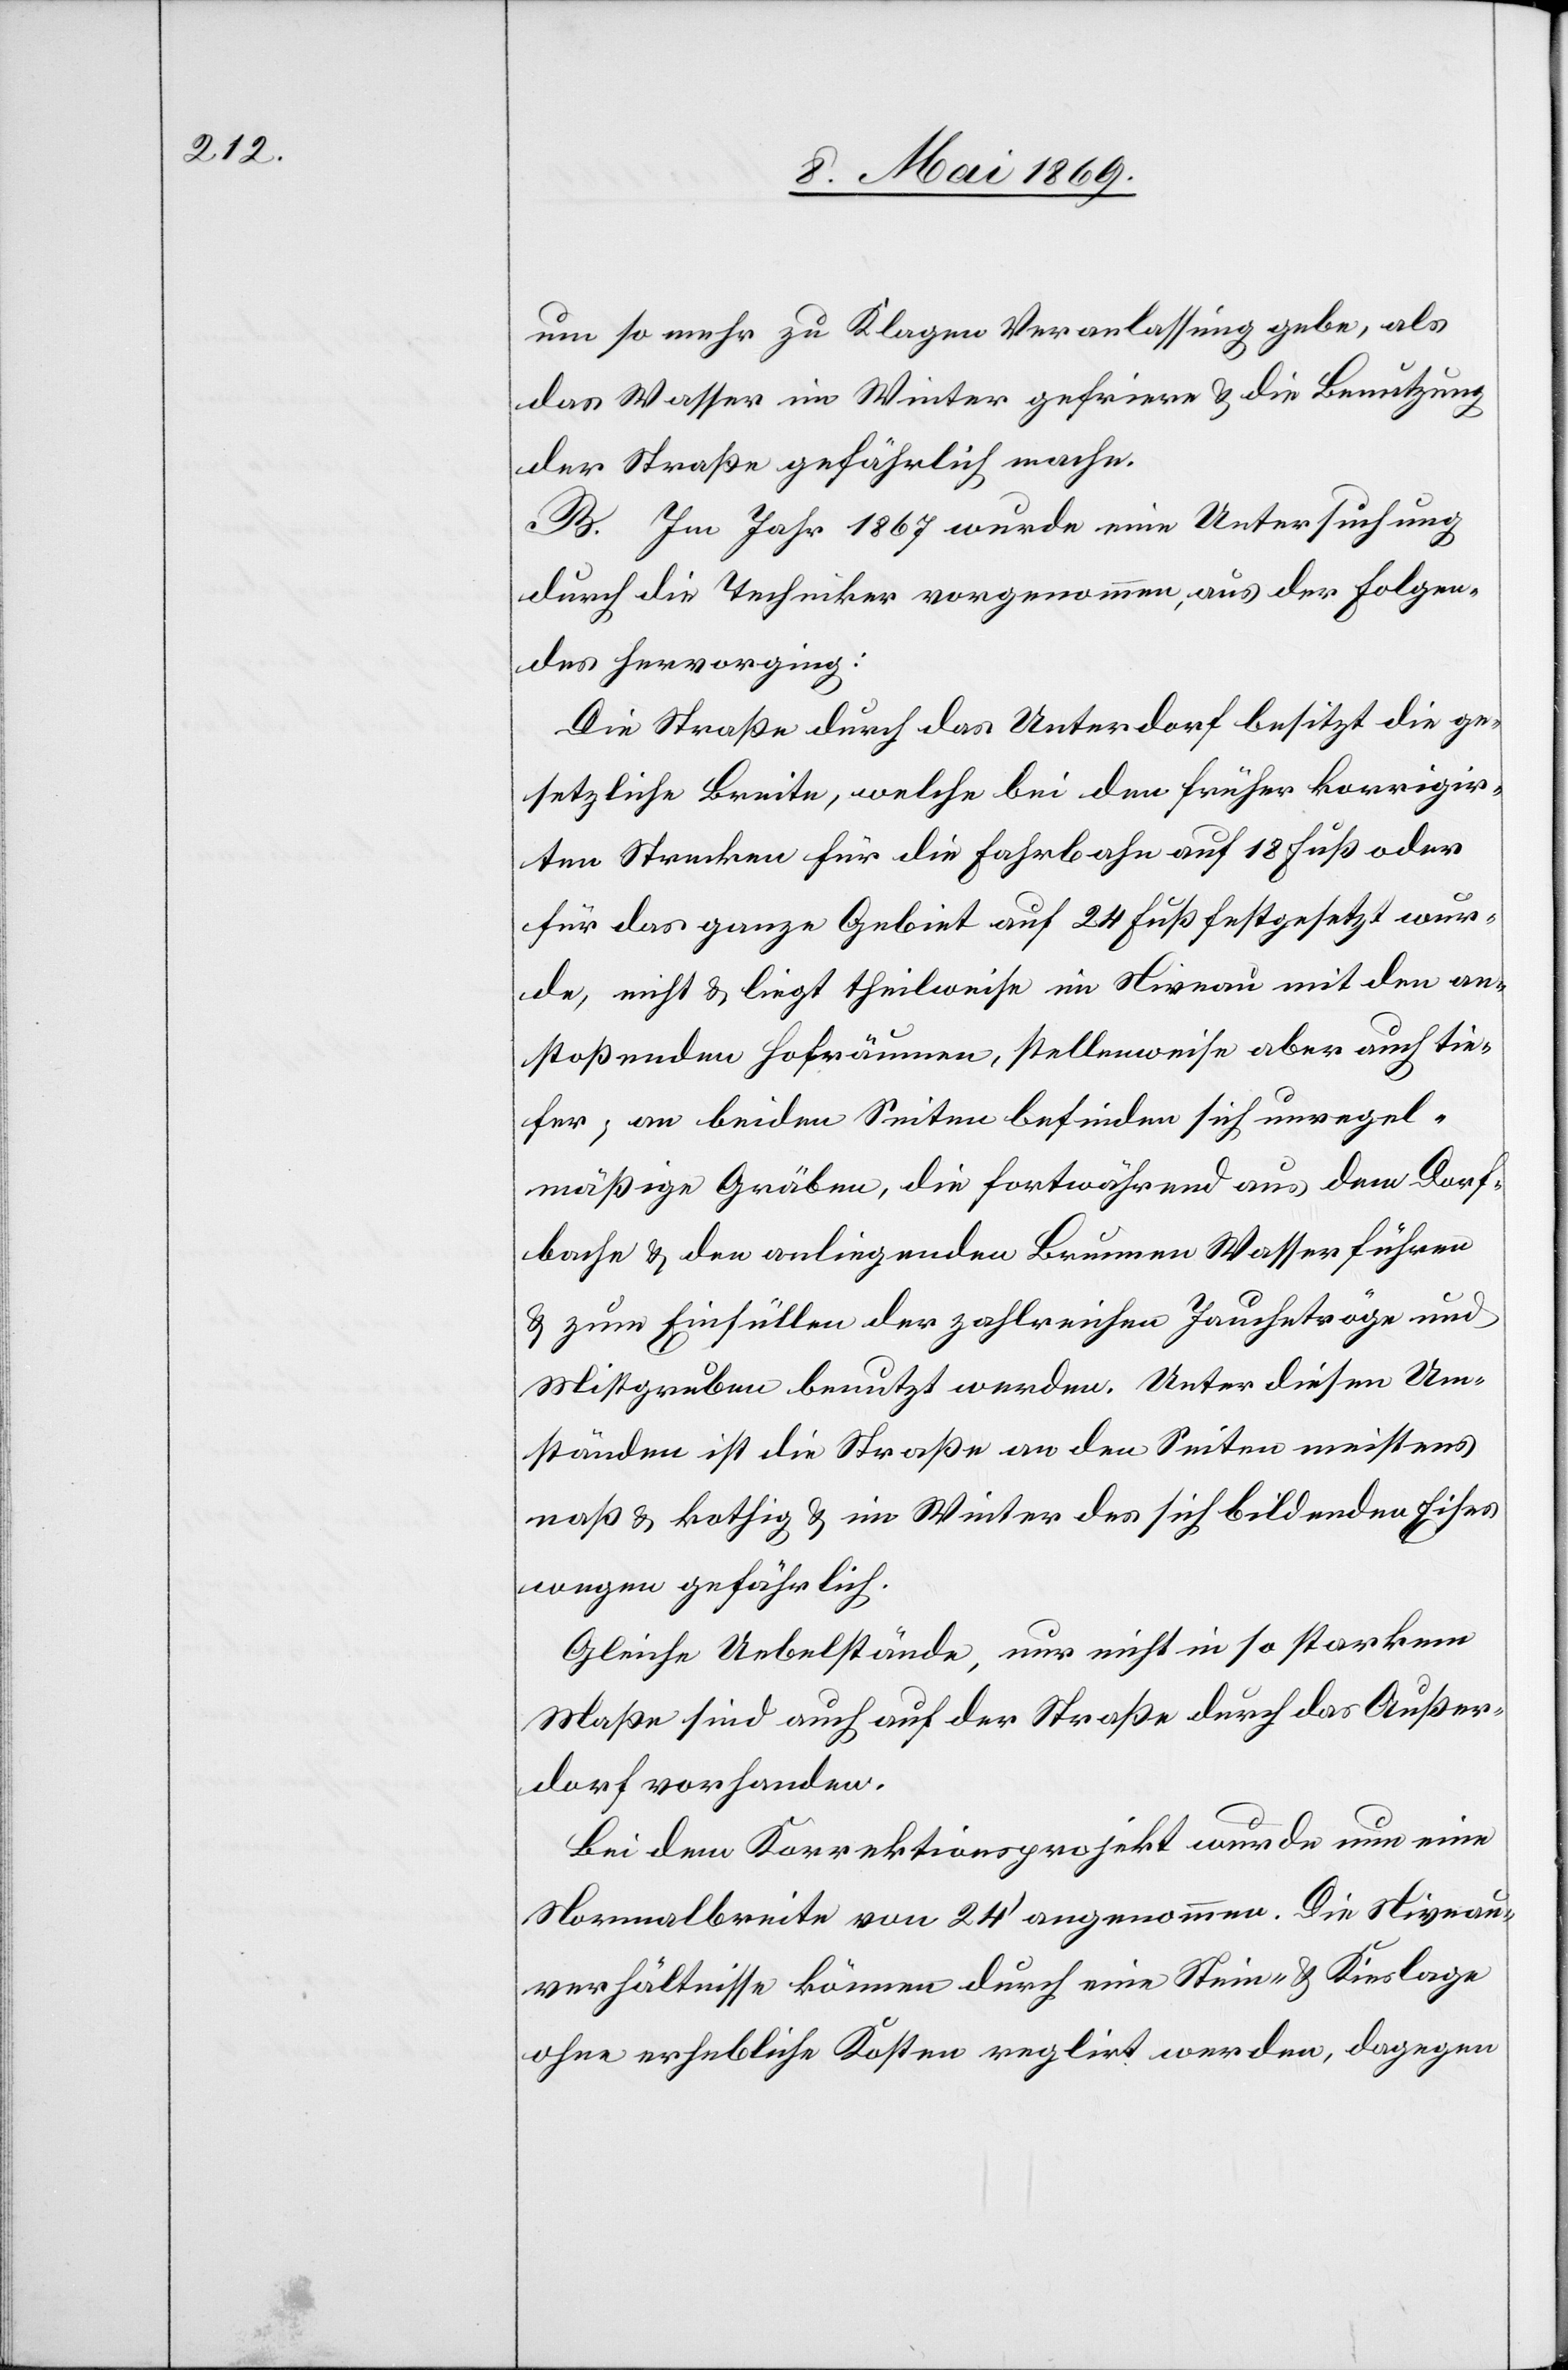
um so mehr zu Klagen Veranlaßung gebe, als
das Wasser im Winter gefriere u. die Benutzung
der Straße gefährlich mache.
B. Im Jahr 1867 wurde eine Untersuchung
durch die Techniker vorgenommen, aus der folgen¬
des hervorging:
Die Straße durch das Unterdorf besitzt die ge¬
setzliche Breite, welche bei den früher korrigir¬
ten Strecken für die Fahrhabe auf 18 Fuß oder
für das ganze Gebiet auf 24 Fuß festgesetzt wur¬
de, nicht u. liegt theilweise im Niveau mit den an¬
stossenden Hofräumen, stellenweise aber auch tie¬
fer, an beiden Seiten befinden sich unregel¬
mäßige Gräben, die fortwährend aus dem Dorf¬
bache u. den anliegenden Brunnen Wasser führen
u. zum Einfüllen der zahlreichen Jauchetröge und
Mistgruben benutzt werden. Unter diesen Um¬
ständen ist die Straße an den Seiten meistens
naß u. kothig u. im Winter des sich bildenden Eises
wegen gefährlich.
Gleiche Uebelstände, nur nicht so starkem
Maße sind auch auf der Straße durch das Außer¬
dorf vorhanden.
Bei dem Korrektionsprojekt wurde nun eine
Normalbreite von 24’ angenommen. Die Niveau¬
verhältnisse können durch eine Stein- u. Kieslage
ohne erhebliche Kosten reglirt werden, dagegen